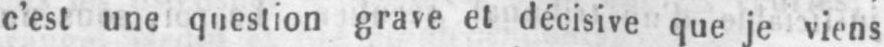
c’est une question grave et décisive que je viens